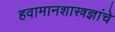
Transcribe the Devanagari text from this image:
हवामानशास्त्रज्ञांचे